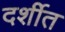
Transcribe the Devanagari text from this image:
दर्शीत